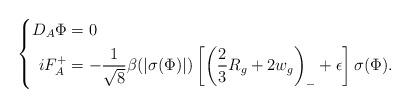
LaTeX: \begin{align*} \left\{\begin{aligned}D_A \Phi &= 0 \\iF_A^+ &= - \frac{1}{\sqrt{8}} \beta(|\sigma(\Phi)|) \left[ \left(\frac{2}{3}R_g + 2w_g \right)_- + \epsilon \right] \sigma(\Phi).\end{aligned}\right.\end{align*}